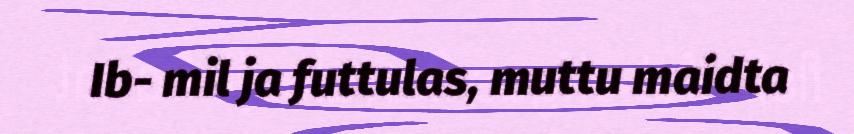
Ib- mil ja futtulas, muttu maidta